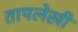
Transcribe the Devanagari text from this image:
तापलेखी